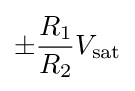
\pm {\frac {R_{1}}{R_{2}}}V_{\text{sat}}